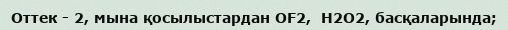
Оттек - 2, мына қосылыстардан ОF2,  H2O2, басқаларында;